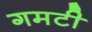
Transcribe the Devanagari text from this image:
गमटी